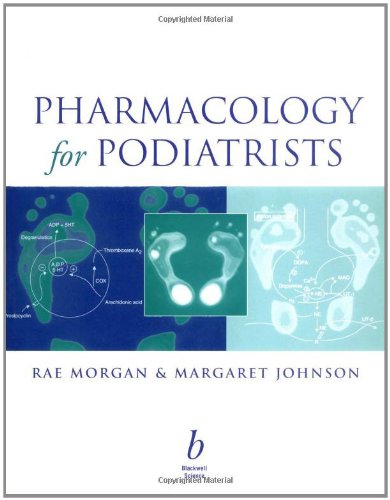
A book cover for Pharmacology for Podiatrists; Dr. Rae Morgan; Medical Books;